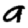
Digit: 9